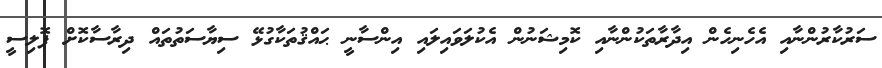
ސަރުކާރުންނާއި އެހެނިހެން އިދާރާތަކުންނާއި ކޮމިޝަނުން އެކުލަވައިލައި އިންސާނީ ޙައްޤުތަކާގުޅޭ ސިޔާސަތުތައް ދިރާސާކޮށް ޕޮލިސީ